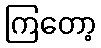
ကြတော့